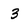
Character: 3